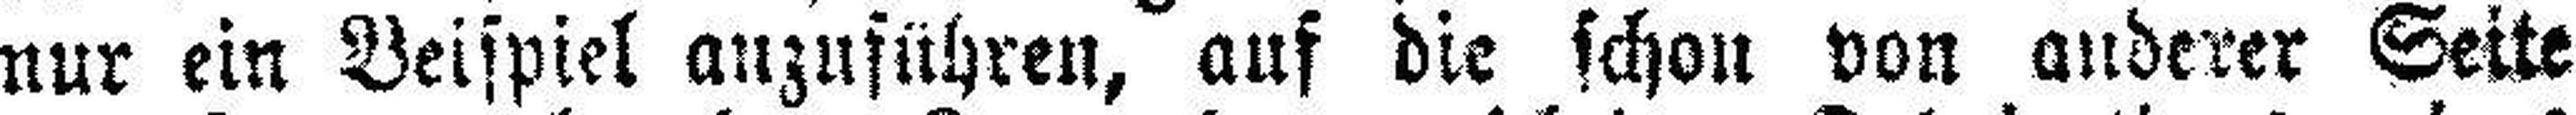
nur ein Beispiel anzuführen, auf die schon von anderer Seite